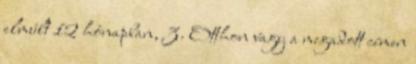
elmúlt 12 hónapban, 3. Otthon vagy a megadott címen